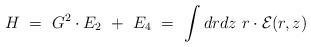
LaTeX: \begin{align*}H \ = \ G^2 \cdot E_2 \ + \ E_4 \ = \ \int dr dz \ r \cdot {\cal E}(r,z)\end{align*}